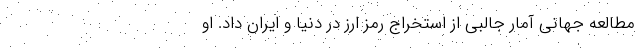
مطالعه جهانی آمار جالبی از استخراج رمز ارز در دنیا و ایران داد. او